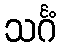
သင်္ဂံ